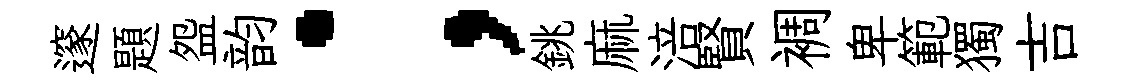
邃題盌韵；銚麻涪賢裯卑範獨吉